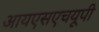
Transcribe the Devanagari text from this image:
आयएसएचयूपी